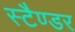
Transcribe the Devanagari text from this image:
स्टैण्डर